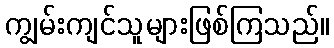
ကျွမ်းကျင်သူများဖြစ်ကြသည်။